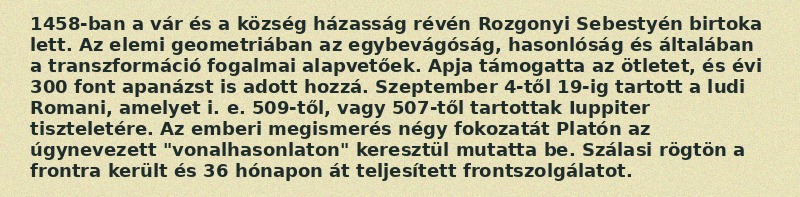
1458-ban a vár és a község házasság révén Rozgonyi Sebestyén birtoka lett. Az elemi geometriában az egybevágóság, hasonlóság és általában a transzformáció fogalmai alapvetőek. Apja támogatta az ötletet, és évi 300 font apanázst is adott hozzá. Szeptember 4-től 19-ig tartott a ludi Romani, amelyet i. e. 509-től, vagy 507-től tartottak Iuppiter tiszteletére. Az emberi megismerés négy fokozatát Platón az úgynevezett "vonalhasonlaton" keresztül mutatta be. Szálasi rögtön a frontra került és 36 hónapon át teljesített frontszolgálatot.